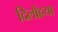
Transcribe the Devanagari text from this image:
दिलोहया